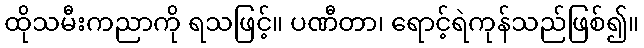
ထိုသမီးကညာကို ရသဖြင့်။ ပဏီတာ၊ ရောင့်ရဲကုန်သည်ဖြစ်၍။